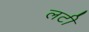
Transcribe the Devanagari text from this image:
लटी